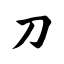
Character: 刀